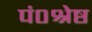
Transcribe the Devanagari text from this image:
पं०श्रेष्ठ